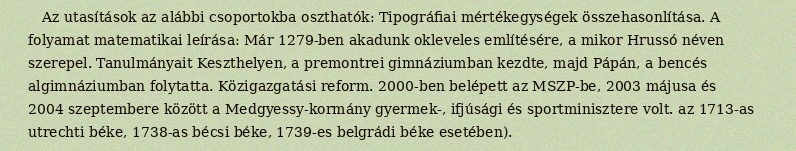
Az utasítások az alábbi csoportokba oszthatók: Tipográfiai mértékegységek összehasonlítása. A folyamat matematikai leírása: Már 1279-ben akadunk okleveles említésére, a mikor Hrussó néven szerepel. Tanulmányait Keszthelyen, a premontrei gimnáziumban kezdte, majd Pápán, a bencés algimnáziumban folytatta. Közigazgatási reform. 2000-ben belépett az MSZP-be, 2003 májusa és 2004 szeptembere között a Medgyessy-kormány gyermek-, ifjúsági és sportminisztere volt. az 1713-as utrechti béke, 1738-as bécsi béke, 1739-es belgrádi béke esetében).